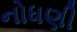
નોધણી